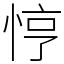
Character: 悙